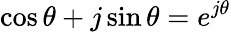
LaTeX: \cos\theta+j\sin\theta=e^{j\theta}